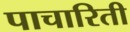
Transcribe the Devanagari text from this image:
पाचारिती